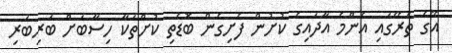
އޭގެ ތެރޭގައި އެންމެ އާދައިގެ ކުށުން ފެށިގެން ބޮޑެތި ކުށްތަކާ ހިސާބަށް ބަރިބަރި